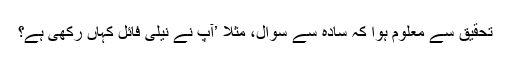
تحقیق سے معلوم ہوا کہ سادہ سے سوال، مثلاً ’آپ نے نیلی فائل کہاں رکھی ہے؟